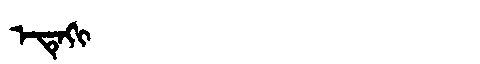
Manchu: ᡝᡨᡝᡴᡳ
Romanization: ETEKI